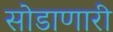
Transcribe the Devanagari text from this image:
सोडाणारी